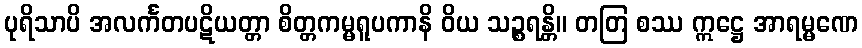
ပုရိသာပိ အလင်္ကတပဋိယတ္တာ စိတ္တကမ္မရူပကာနိ ဝိယ သဉ္စရန္တိ။ တတြ စဿ ဣဋ္ဌေ အာရမ္မဏေ